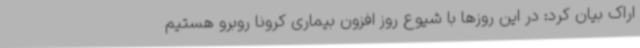
اراک بیان کرد: در این روزها با شیوع روز افزون بیماری کرونا روبرو هستیم